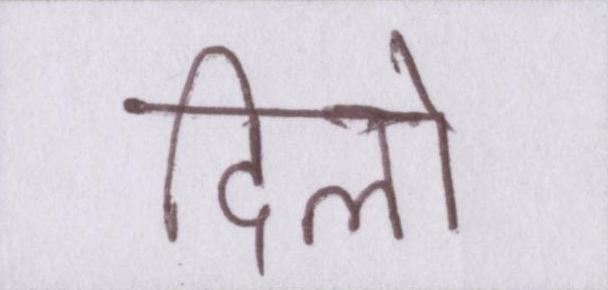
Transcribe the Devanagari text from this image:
दिलो